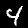
Label: 4